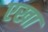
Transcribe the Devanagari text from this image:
एखा